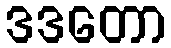
ဒဒတော